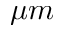
\mu m